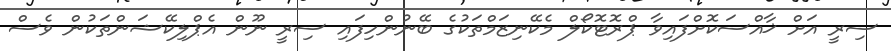
ސިރީ އަށް ޚާއްސަކޮށްފައިވާ ޕްރޮޓޮކޯލް މެކޭނިޒަމްތަކުގެ ބޭނުންހިފައި ސިރީ ނޫން އެޕްލިކޭޝަންތަކުން ވެސް